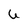
Character: U